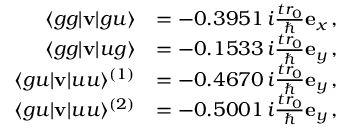
\begin{array} { r l } { \langle g g \vert { \bf v } \vert g u \rangle } & { = - 0 . 3 9 5 1 \, i \frac { t r _ { 0 } } { \hbar } { \bf e } _ { x } \, , } \\ { \langle g g \vert { \bf v } \vert u g \rangle } & { = - 0 . 1 5 3 3 \, i \frac { t r _ { 0 } } { \hbar } { \bf e } _ { y } \, , } \\ { \langle g u \vert { \bf v } \vert u u \rangle ^ { ( 1 ) } } & { = - 0 . 4 6 7 0 \, i \frac { t r _ { 0 } } { \hbar } { \bf e } _ { y } \, , } \\ { \langle g u \vert { \bf v } \vert u u \rangle ^ { ( 2 ) } } & { = - 0 . 5 0 0 1 \, i \frac { t r _ { 0 } } { \hbar } { \bf e } _ { y } \, , } \end{array}